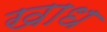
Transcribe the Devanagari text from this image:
खाध